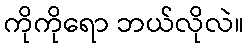
ကိုကိုရော ဘယ်လိုလဲ။